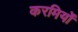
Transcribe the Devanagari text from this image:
करमियों